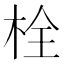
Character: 栓